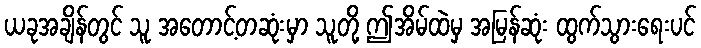
ယခုအချိန်တွင် သူ အတောင့်တဆုံးမှာ သူတို့ ဤအိမ်ထဲမှ အမြန်ဆုံး ထွက်သွားရေးပင်